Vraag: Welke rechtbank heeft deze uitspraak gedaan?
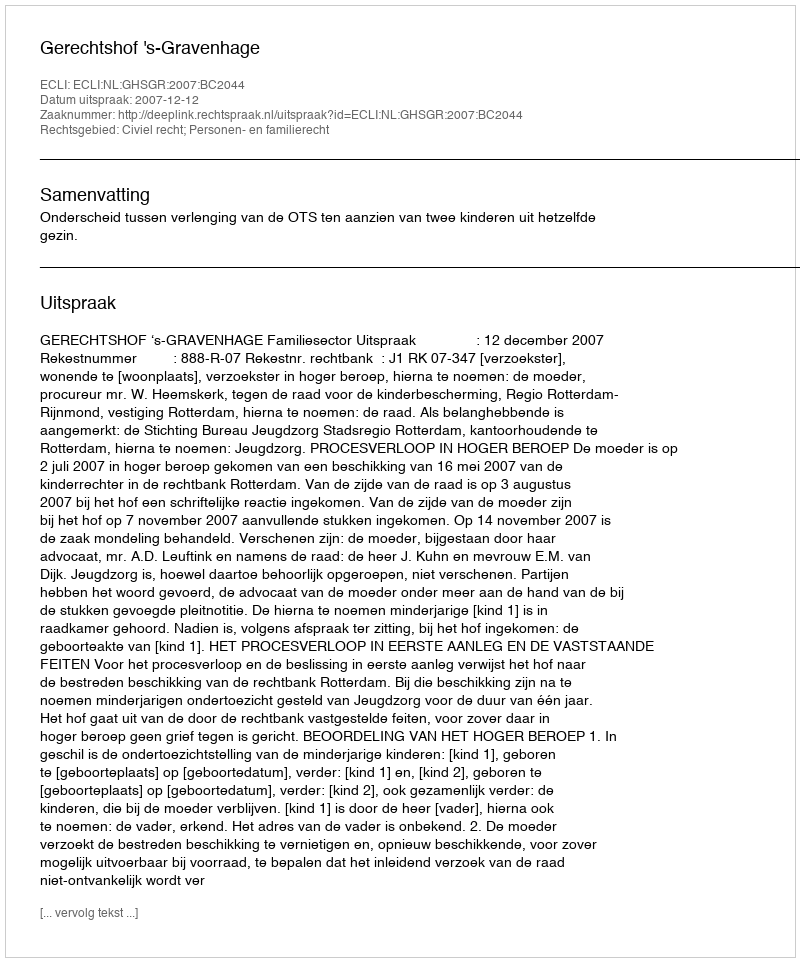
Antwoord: Gerechtshof 's-Gravenhage